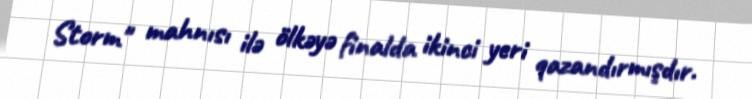
Storm" mahnısı ilə ölkəyə finalda ikinci yeri qazandırmışdır.